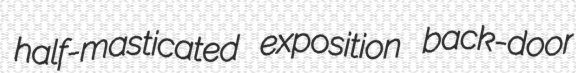
half-masticated exposition back-door